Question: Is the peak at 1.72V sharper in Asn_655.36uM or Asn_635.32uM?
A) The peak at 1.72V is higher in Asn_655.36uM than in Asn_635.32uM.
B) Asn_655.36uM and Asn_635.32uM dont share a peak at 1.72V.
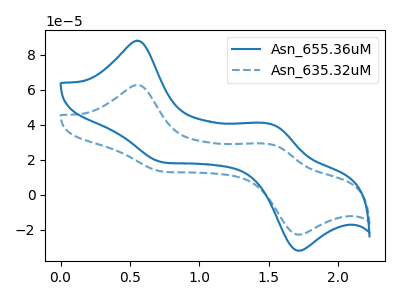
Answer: <think>The blue curve "Asn_655.36uM" has anodic peaks at (0.55V, 88.05uA) (1.50V, 40.25uA) and cathodic peaks at (0.75V, 18.40uA) (1.70V, -31.95uA). The blue dashed curve "Asn_635.32uM" has anodic peaks at (0.55V, 62.80uA) (1.50V, 28.70uA) and cathodic peaks at (0.75V, 13.10uA) (1.70V, -22.80uA).</think>
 <answer>A) The peak at 1.72V is higher in "Asn_655.36uM" than in "Asn_635.32uM".</answer>
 <eval>A</eval>